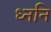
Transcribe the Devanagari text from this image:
ध्ननि